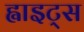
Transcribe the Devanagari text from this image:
ह्वाइट्स